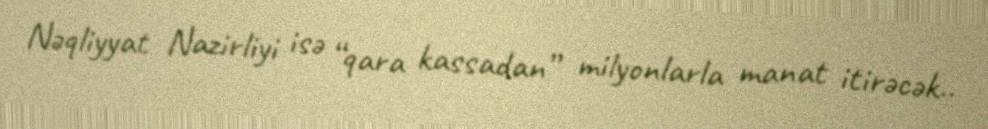
Nəqliyyat Nazirliyi isə “qara kassadan” milyonlarla manat itirəcək..